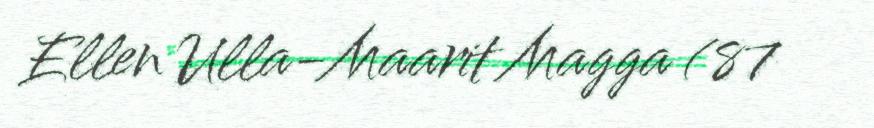
Ellen Ulla-Maarit Magga (87